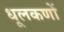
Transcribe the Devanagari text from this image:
धूलकणों